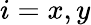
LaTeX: i=x,y